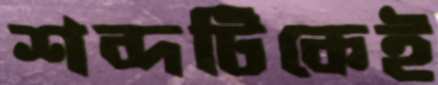
শব্দটিকেই